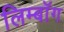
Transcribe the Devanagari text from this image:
लिम्बॉग